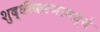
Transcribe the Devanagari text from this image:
शुद्धीकरणामध्ये